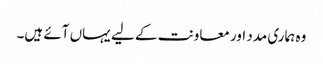
وہ ہماری مدد اور معاونت کے لیے یہاں آئے ہیں۔